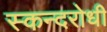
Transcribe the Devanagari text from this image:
स्कन्दरोधी